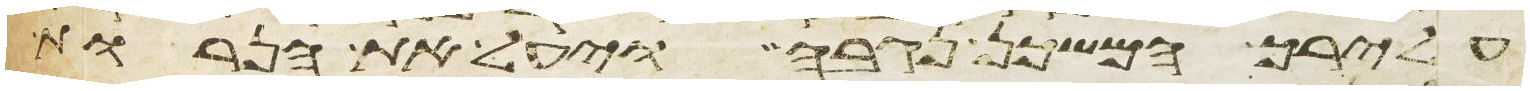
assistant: על ירך המשכן נגבה ויעל את הנרות